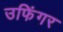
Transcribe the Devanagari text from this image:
उफिंगर